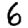
Digit: 6